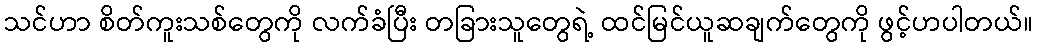
သင်ဟာ စိတ်ကူးသစ်တွေကို လက်ခံပြီး တခြားသူတွေရဲ့ ထင်မြင်ယူဆချက်တွေကို ဖွင့်ဟပါတယ်။